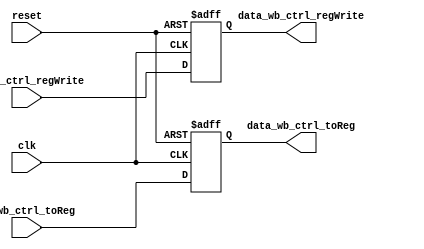
// 
// 
// 
module mem_wb_ctrl(
  input   clk,
  input   reset,
  input   in_wb_ctrl_toReg,
  input   in_wb_ctrl_regWrite,
  
  output  data_wb_ctrl_toReg,// 1:0:
  output  data_wb_ctrl_regWrite
);

  reg  reg_wb_ctrl_toReg; 
  reg  reg_wb_ctrl_regWrite; 

  assign data_wb_ctrl_toReg = reg_wb_ctrl_toReg; 
  assign data_wb_ctrl_regWrite = reg_wb_ctrl_regWrite; 

  always @(posedge clk or posedge reset) begin
    if (reset) begin 
      reg_wb_ctrl_toReg <= 1'h0; 
    end else begin 
      reg_wb_ctrl_toReg <= in_wb_ctrl_toReg; 
    end
  end

  always @(posedge clk or posedge reset) begin
    if (reset) begin 
      reg_wb_ctrl_regWrite <= 1'h0; 
    end else begin 
      reg_wb_ctrl_regWrite <= in_wb_ctrl_regWrite; 
    end
  end


endmodule